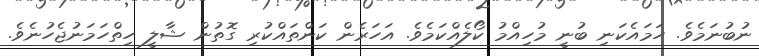
ނުބުނަމެވެ. ހަމައެކަނި ބުނީ މުހިއްމު ކޯލެއްކަމެވެ. އަހަރެން ކަންތައްކުރި ގޮތުން ޝާލީ ހިތްހަމަނުޖެހުނެވެ.